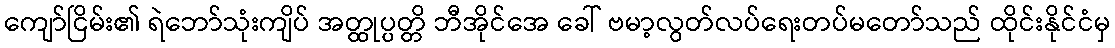
ကျော်ငြိမ်း၏ ရဲဘော်သုံးကျိပ် အတ္ထုပ္ပတ္တိ ဘီအိုင်အေ ခေါ် ဗမာ့လွတ်လပ်ရေးတပ်မတော်သည် ထိုင်းနိုင်ငံမှ